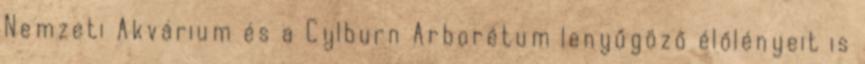
Nemzeti Akvárium és a Cylburn Arborétum lenyűgöző élőlényeit is